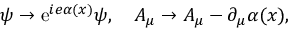
\psi \rightarrow \mathrm { e } ^ { i e \alpha ( x ) } \psi , \quad A _ { \mu } \rightarrow A _ { \mu } - \partial _ { \mu } \alpha ( x ) ,